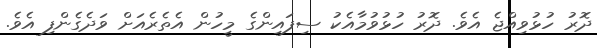
ދޮރު ހުޅުވިއްޖެ އެވެ. ދޮރު ހުޅުވުމާއެކު ސިފައިންގެ މީހުން އެތެރެއަށް ވަދެގެންފި އެވެ.